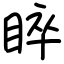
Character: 睟